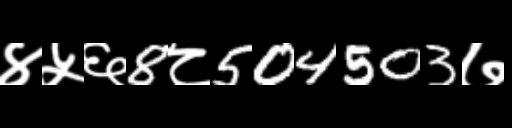
Text: ४५६8८504503७